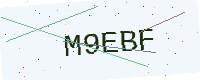
Text: M9EBF